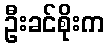
ဦးခင်စိုးက